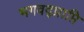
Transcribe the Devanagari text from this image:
भगवद्प्राप्ति